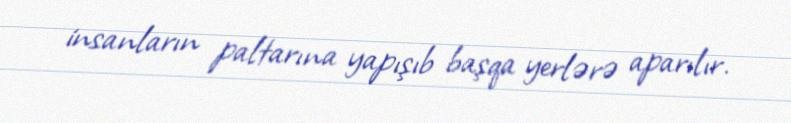
insanların paltarına yapışıb başqa yerlərə aparılır.